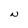
Character: N